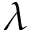
\lambda